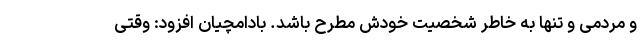
و مردمی و تنها به خاطر شخصیت خودش مطرح باشد. بادامچیان افزود: وقتی